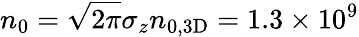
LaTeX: n_{0}=\sqrt{2\pi}\sigma_{z}n_{0,\mathrm{{3D}}}=1.3\times 10^{9}